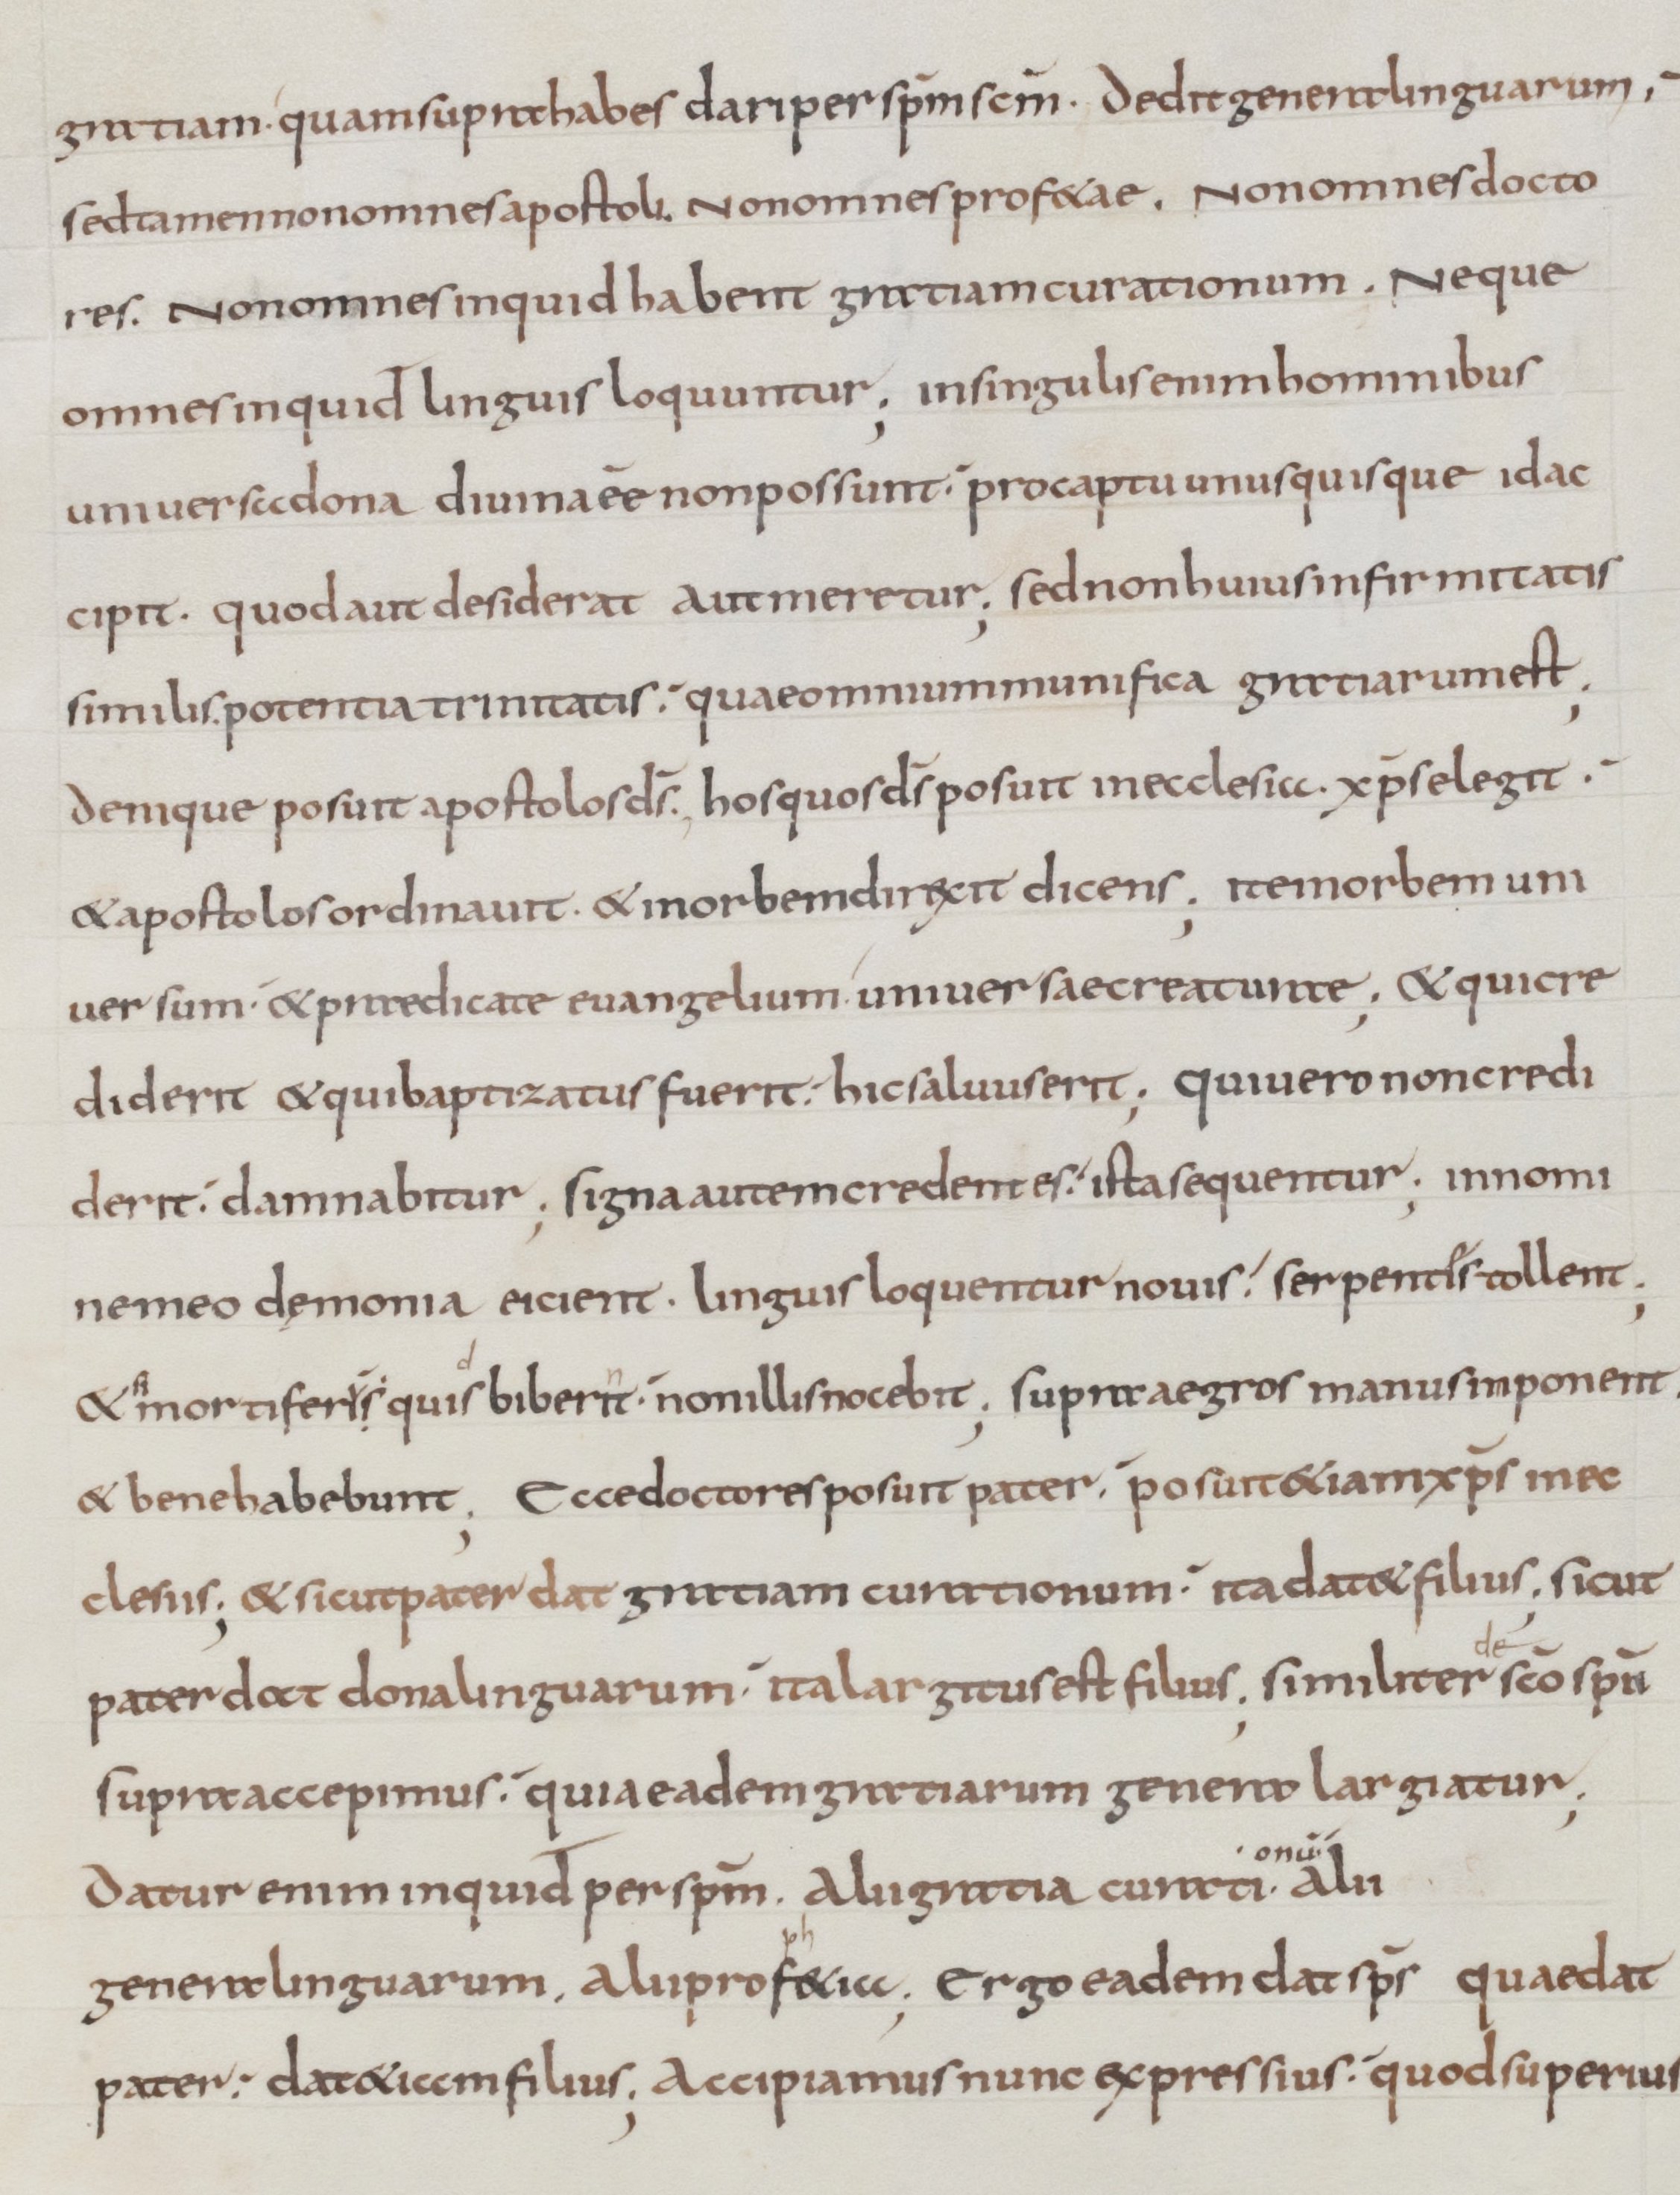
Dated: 800–899